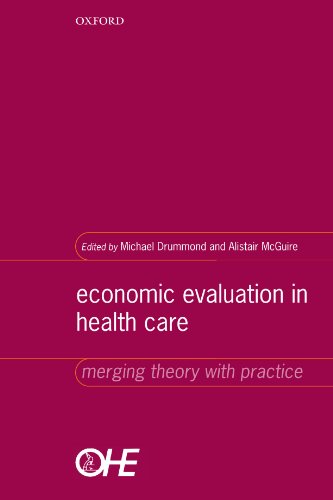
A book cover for Economic Evaluation in Health Care: Merging Theory with Practice; Medical Books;